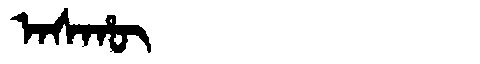
Manchu: ᠠᠰᡥᡡ
Romanization: ASHŪ